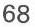
68